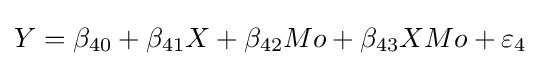
Y=\beta _{40}+\beta _{41}X+\beta _{42}Mo+\beta _{43}XMo+\varepsilon _{4}